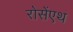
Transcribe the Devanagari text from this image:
रोसेंएथ